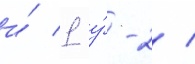
и́ 1 у́-2 /